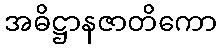
အဓိဋ္ဌာနဇာတိကော